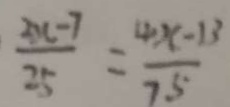
\frac { 2 x - 7 } { 2 5 } = \frac { 4 x - 1 3 } { 7 5 }